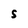
Character: S